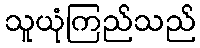
သူယုံကြည်သည်